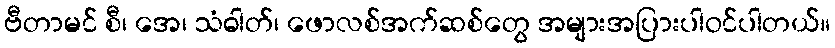
ဗီတာမင် စီ၊ အေ၊ သံဓါတ်၊ ဖောလစ်အက်ဆစ်တွေ အများအပြားပါဝင်ပါတယ်။